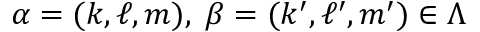
\alpha = ( k , \ell , m ) , \; \beta = ( k ^ { \prime } , \ell ^ { \prime } , m ^ { \prime } ) \in \Lambda